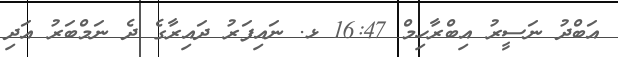
އަބްދު ނަސީރު އިބްރާހިމް 16:47 ޅ. ނައިފަރު ދައިރާގެ ދެ ނަމްބަރު އަދި